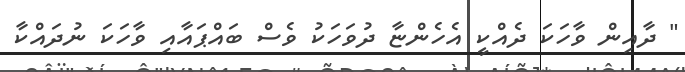
" ދާއިން ވާހަކަ ދެއްކީ އެހެންޏާ ދުވަހަކު ވެސް ބައްޕައާއި ވާހަކަ ނުދައްކާ